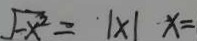
\sqrt { - x ^ { 2 } } = \vert x \vert x =